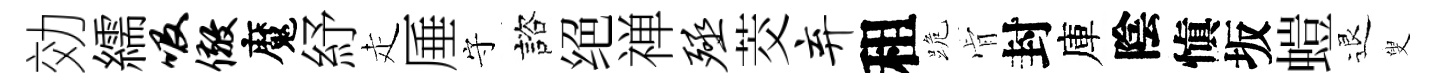
効繻吸儆魔紓走厜守諮绝禅殛茭弃租跪肻封庫陰愼坂螘退叟